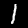
Digit: 1